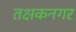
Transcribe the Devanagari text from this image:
तक्षकनगर